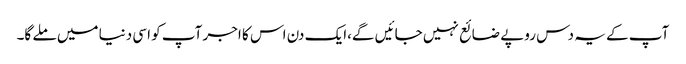
آپ کے یہ دس روپے ضائع نہیں جائیں گے،ایک دن اس کا اجر آپ کو اسی دنیا میں ملے گا۔